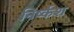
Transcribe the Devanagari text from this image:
निर्ष्कश